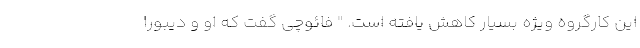
این کارگروه ویژه بسیار کاهش یافته است. " فائوچی گفت که او و دیبورا